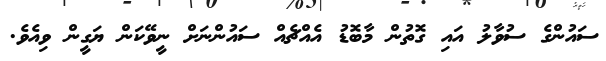
ސައުންގެ ސުވާލު އައި ގޮތުން މާބޮޑު އެއްޗެއް ސައުންނަށް ނީވޭކަން ޔަގީން ވިއެވެ.